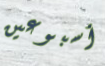
أسبوعين